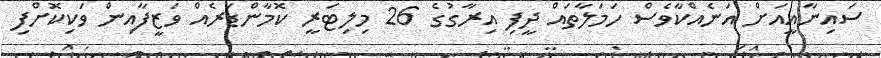
ސައިނާއީއަށް އަނެއްކާވެސް ހަމަލާތައް ދީފި އިރާގުގެ 26 މިލިޓަރީ ކޮމާންޑަރެއް ވަޒީފާއިން ވަކިކޮށްފި